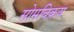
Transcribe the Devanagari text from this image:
सोमविक्रय